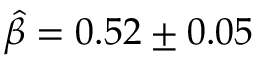
\Hat { \beta } = 0 . 5 2 \pm 0 . 0 5